65_HS1-834228961_62-HQ-83894_Section_8
Agency: FBI
Page 19
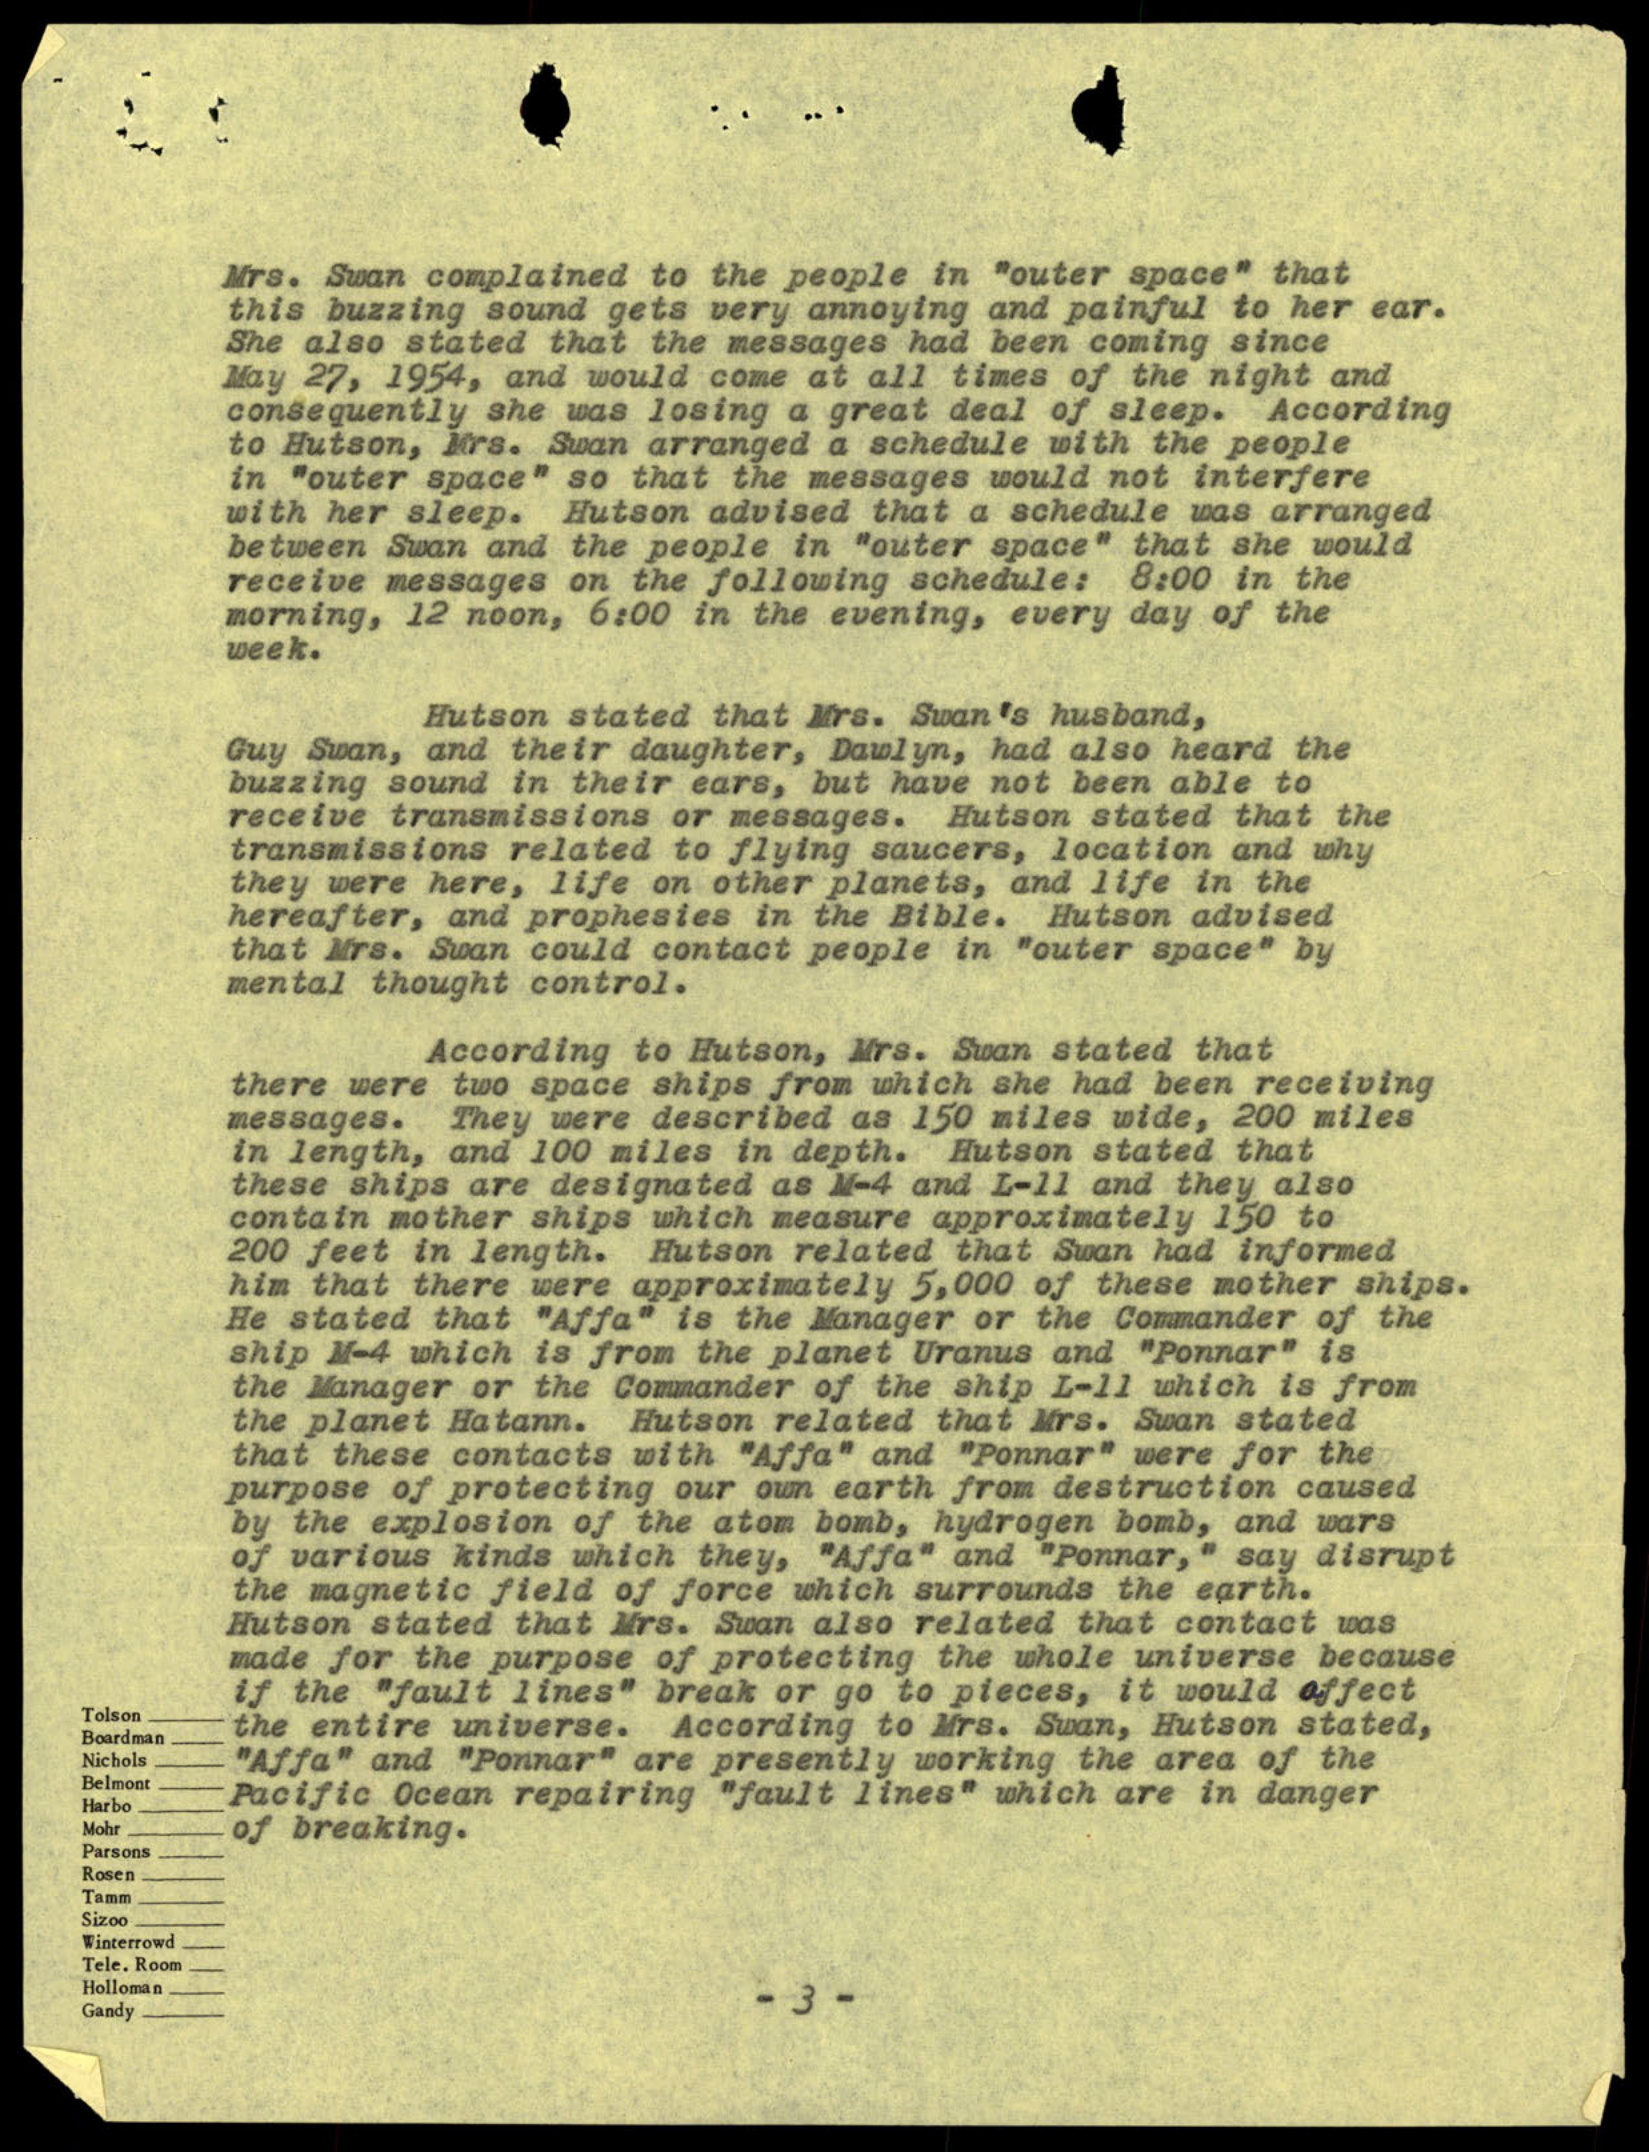